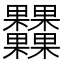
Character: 𣡾